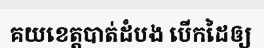
គយខេត្តបាត់ដំបង បើកដៃឲ្យ